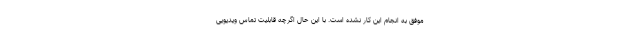
موفق به انجام این کار نشده است. با این حال اگرچه قابلیت تماس ویدیویی